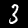
Digit: 3